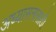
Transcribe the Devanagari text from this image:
अध्यासनासाठी